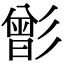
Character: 㣒